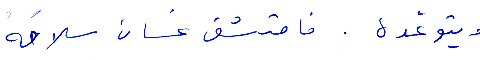
ويتوّعده. فامتشق غسان سلاحَه